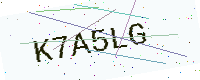
Text: K7A5LG